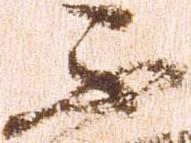
不